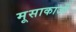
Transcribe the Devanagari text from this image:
मूसाकाजी